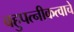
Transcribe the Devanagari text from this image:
बहुपत्‍नीकत्वाचे